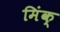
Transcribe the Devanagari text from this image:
मिंक्